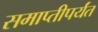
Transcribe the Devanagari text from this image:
समाप्‍तीपर्यंत